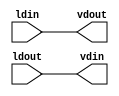
module mgc_sync (ldin, vdin, ldout, vdout);
  input  ldin;
  output vdin;
  input  ldout;
  output vdout;
  wire   vdin;
  wire   vdout;
  assign vdin = ldout;
  assign vdout = ldin;
endmodule